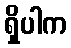
ရှိပါက